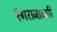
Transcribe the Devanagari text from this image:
रंगराजाध्वरि